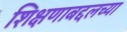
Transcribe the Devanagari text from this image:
शिक्षणाबद्दलच्या